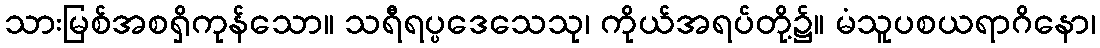
သားမြစ်အစရှိကုန်သော။ သရီရပ္ပဒေသေသု၊ ကိုယ်အရပ်တို့၌။ မံသူပစယရာဂိနော၊